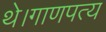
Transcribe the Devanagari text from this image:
थे।गाणपत्य